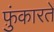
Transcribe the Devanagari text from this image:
फ़ुंकारते